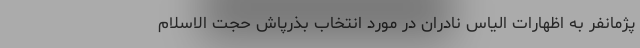
پژمانفر به اظهارات الیاس نادران در مورد انتخاب بذرپاش حجت الاسلام